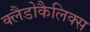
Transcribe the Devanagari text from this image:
क्लैडोकैलिक्स